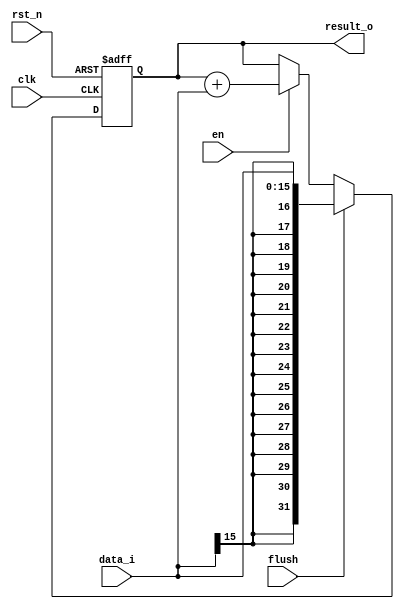
//////////////////////////////////////////////////////////////////////////////////
// School: Shanghai Jiao Tong University
//
// Module Name: accumulator
// Project Name: CNN first-layer convolution Design
// Description: The accumulator, with Synchronous enable and flush function
//
// Revision:
// Additional Comments:
//
//////////////////////////////////////////////////////////////////////////////////

module accumulator
       (
           input  wire                         clk,
           input  wire                         rst_n,
           input  wire                         en,
           input  wire                         flush,
           input  wire signed [15:0]           data_i, // Data input

           output reg signed [31:0]            result_o // Accumulator output
       );

always @(posedge clk or negedge rst_n) // result_o
begin
    if (!rst_n)
        result_o <= 32'b0;
    else if (flush)
        result_o <= data_i;
    else if (en)
        result_o <= result_o+data_i;
    else
        result_o <= result_o;
end

endmodule